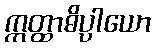
ဣတ္ထာဓိပ္ပါယော